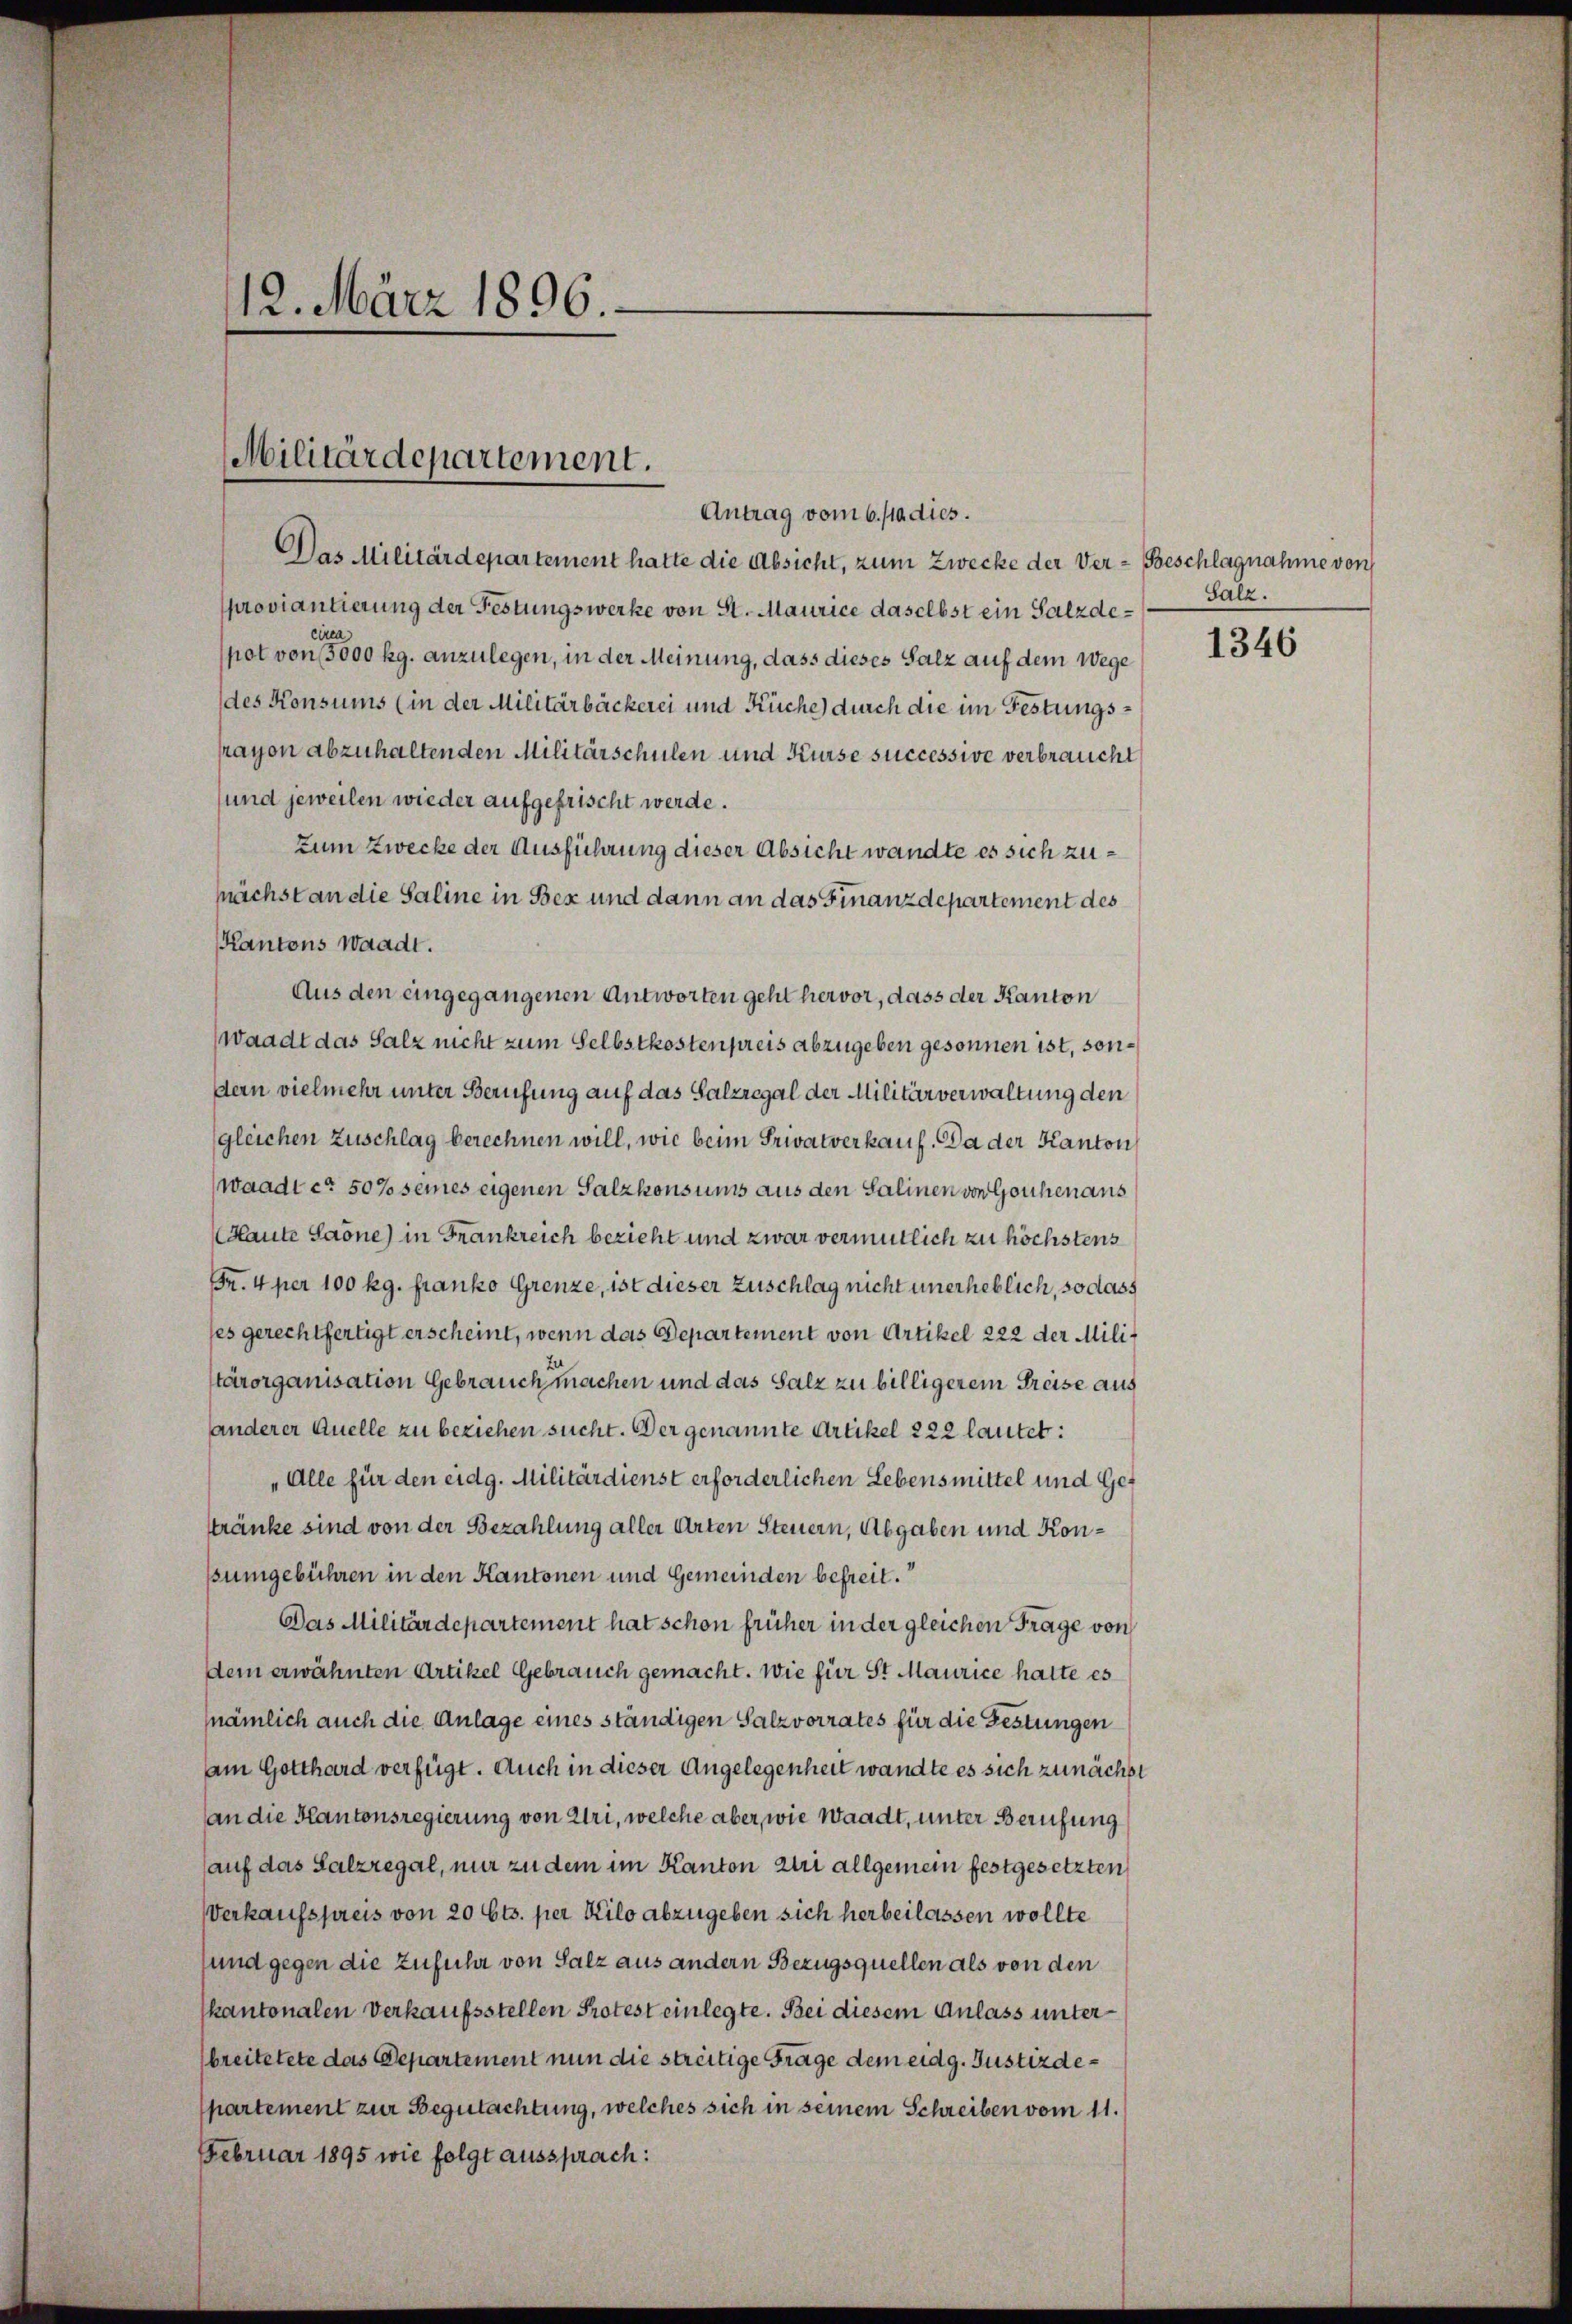
12. März 1896

Militärdepartement.
Antrag vom 6./10. dies.

Das Militärdepartement hatte die Absicht, zum Zwecke der Ver-Beschlagnahme von
proviantierung der Festungswerke von St. Maurice daselbst ein Salzdeciren
pot von 5000 kg. anzulegen, in der Meinung, dass dieses Salz auf dem Wege
des Konsums (in der Militärbäckerei und Küche durch die im Festungsprayon abzuhaltenden Militärschulen und Kurse successive verbraucht
sund jeweilen wieder aufgefrischt werde.
Zum Zwecke der Ausführung dieser Absicht wandte es sich zunächst an die Saline in Bex und dann an das Finanzdepartement des
Kantons Waadt.
Aus den eingegangenen Antworten geht hervor, dass der Kanton
Waadt das Salz nicht zum Selbstkostenpreis abzugeben gesonnen ist, sondern vielmehr unter Berufung auf das Salzregal der Militärverwaltung den
gleichen Zuschlag berechnen will, wie beim Privatverkauf. Da der Kanton
waadt ca 507 seines eigenen Salzkonsums aus den Salinen von Gouchen aus
Haute Saöne) in Frankreich bezieht und zwar vermutlich zu höchstens
Fr. 4 per 100 kg. franko Grenze, ist dieser Zuschlag nicht unerheblich, so dass
ses gerechtfertigt erscheint, wenn das Departement von Artikel 222 der Militärorganisation Gebrauch machen und das Salz zu billigerem Preise aus
anderer Quelle zu beziehen sucht. Der genannte Artikel 222 lautet:
„Alle für den eidg. Militärdienst erforderlichen Lebensmittel und Gettränke sind von der Bezahlung aller Arten Steuern, Abgaben und Konpsumgebühren in den Kantonen und Gemeinden befreit.
Das Militärdepartement hat schon früher in der gleichen Frage von
dem erwähnten Artikel Gebrauch gemacht. Wie für St. Maurice hatte es
nämlich auch die Anlage eines ständigen Salzvorrates für die Festungen
am Gotthard verfügt. Auch in dieser Angelegenheit wandte es sich zunächst
an die Kantonsregierung von Uri, welche aber, wie Waadt, unter Berufung
auf das Salzregal, nur zu dem im Kanton zur allgemein festgesetzten
Verkaufspreis von 20 Cts. per Kilo abzugeben sich herbeilassen wollte
und gegen die Zufuhr von Salz aus andern Bezugsquellen als von den
kantonalen Verkaufsstellen Protest einlegte. Bei diesem Anlass unterbreitetete das Departement nun die streitige Frage dem eidg. Justizdepartement zur Begutachtung, welches sich in seinem Schreiben vom 11.
Februar 1895 wie folgt aussprach:

Salz.

1346